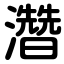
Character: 濳